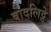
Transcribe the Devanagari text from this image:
बादलिट्टे